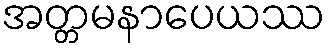
အတ္တမနာပေယဿ